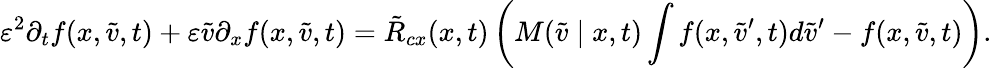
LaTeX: \varepsilon^{2}\partial_{t}f(x,\tilde{v},t)+\varepsilon\tilde{v}\partial_{x}f(x,\tilde{v},t)=\tilde{R}_{cx}(x,t)\left(M(\tilde{v}\mid x,t)\int f(x,\tilde{v}^{\prime},t)d\tilde{v}^{\prime}-f(x,\tilde{v},t)\right).